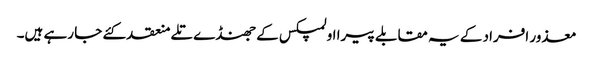
معذور افراد کے یہ مقابلے پیرا اولمپکس کے جھنڈے تلے منعقد کئے جا رہے ہیں۔